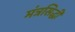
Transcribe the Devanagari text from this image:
मंत्रसिद्धी